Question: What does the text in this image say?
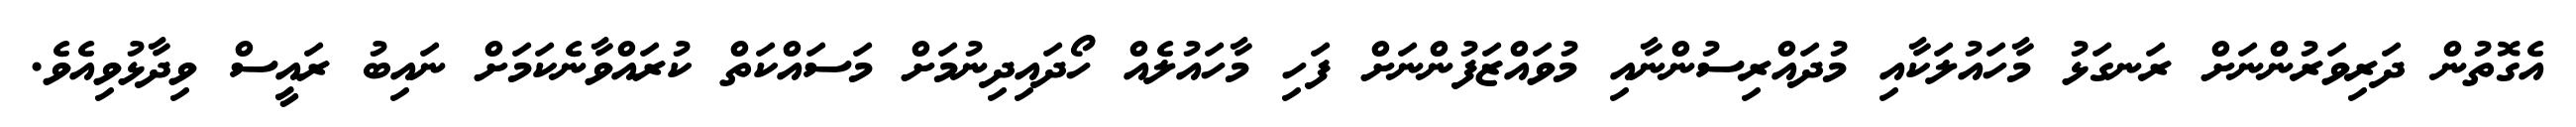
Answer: އެގޮތުން ދަރިވަރުންނަށް ރަނގަޅު މާހައުލަކާއި މުދައްރިސުންނާއި މުވައްޒަފުންނަށް ފަހި މާހައުލެއް ހޯދައިދިނުމަށް މަސައްކަތް ކުރައްވާނެކަމަށް ނައިބު ރައީސް ވިދާޅުވިއެވެ.